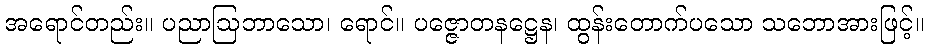
အရောင်တည်း။ ပညာဩဘာသော၊ ရောင်။ ပဇ္ဇောတနဋ္ဌေန၊ ထွန်းတောက်ပသော သဘောအားဖြင့်။